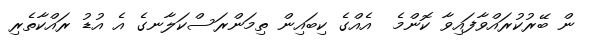
ން ބޭރުކުރައްވާފައިވާ ކޮންމެ  އެއްގެ ކިބައިން ތިމަންރަސްކަލާނގެ އެ އުޑު ރައްކާތެރި